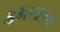
કમળાબા